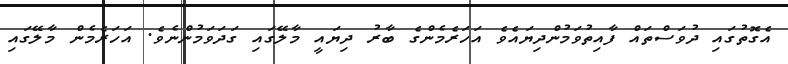
އެގޮތުގައި ދުވަސްތައް ފާއިތުވަމުންދިޔައެވެ އަހަރެމެންގެ ބާރު ދިޔައީ މާލޭގައި ގަދަވަމުންނެވެ. އަހަރެމެން މާލޭގައި